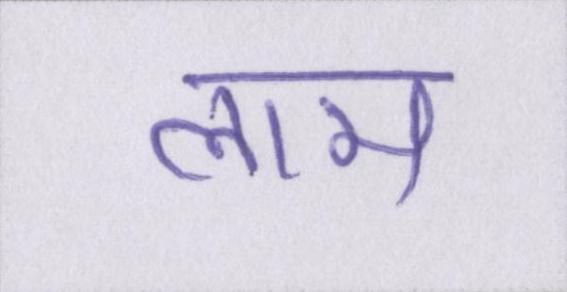
लाम